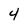
Character: 4